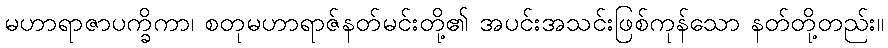
မဟာရာဇာပက္ခိကာ၊ စတုမဟာရာဇ်နတ်မင်းတို့၏ အပင်းအသင်းဖြစ်ကုန်သော နတ်တို့တည်း။